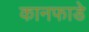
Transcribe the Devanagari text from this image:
कानफाडे